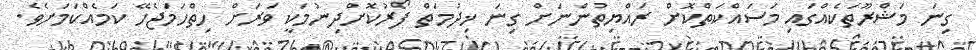
ގިނަ މަޝްރޫތަކެއްގައި މަސައްކަތްކޮށް ރައްޔިތުންނަށް ގިނަ ޚިދުމަތް ފޯރުކޮށްދިނުމަކީ ވަރަށް ހިތްހަމަޖެހޭ ކަމެއްކަމަށެވެ.